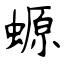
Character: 螈